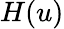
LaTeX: H(u)